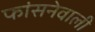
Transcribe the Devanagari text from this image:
फांसनेवाली